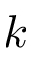
\boldsymbol { k }